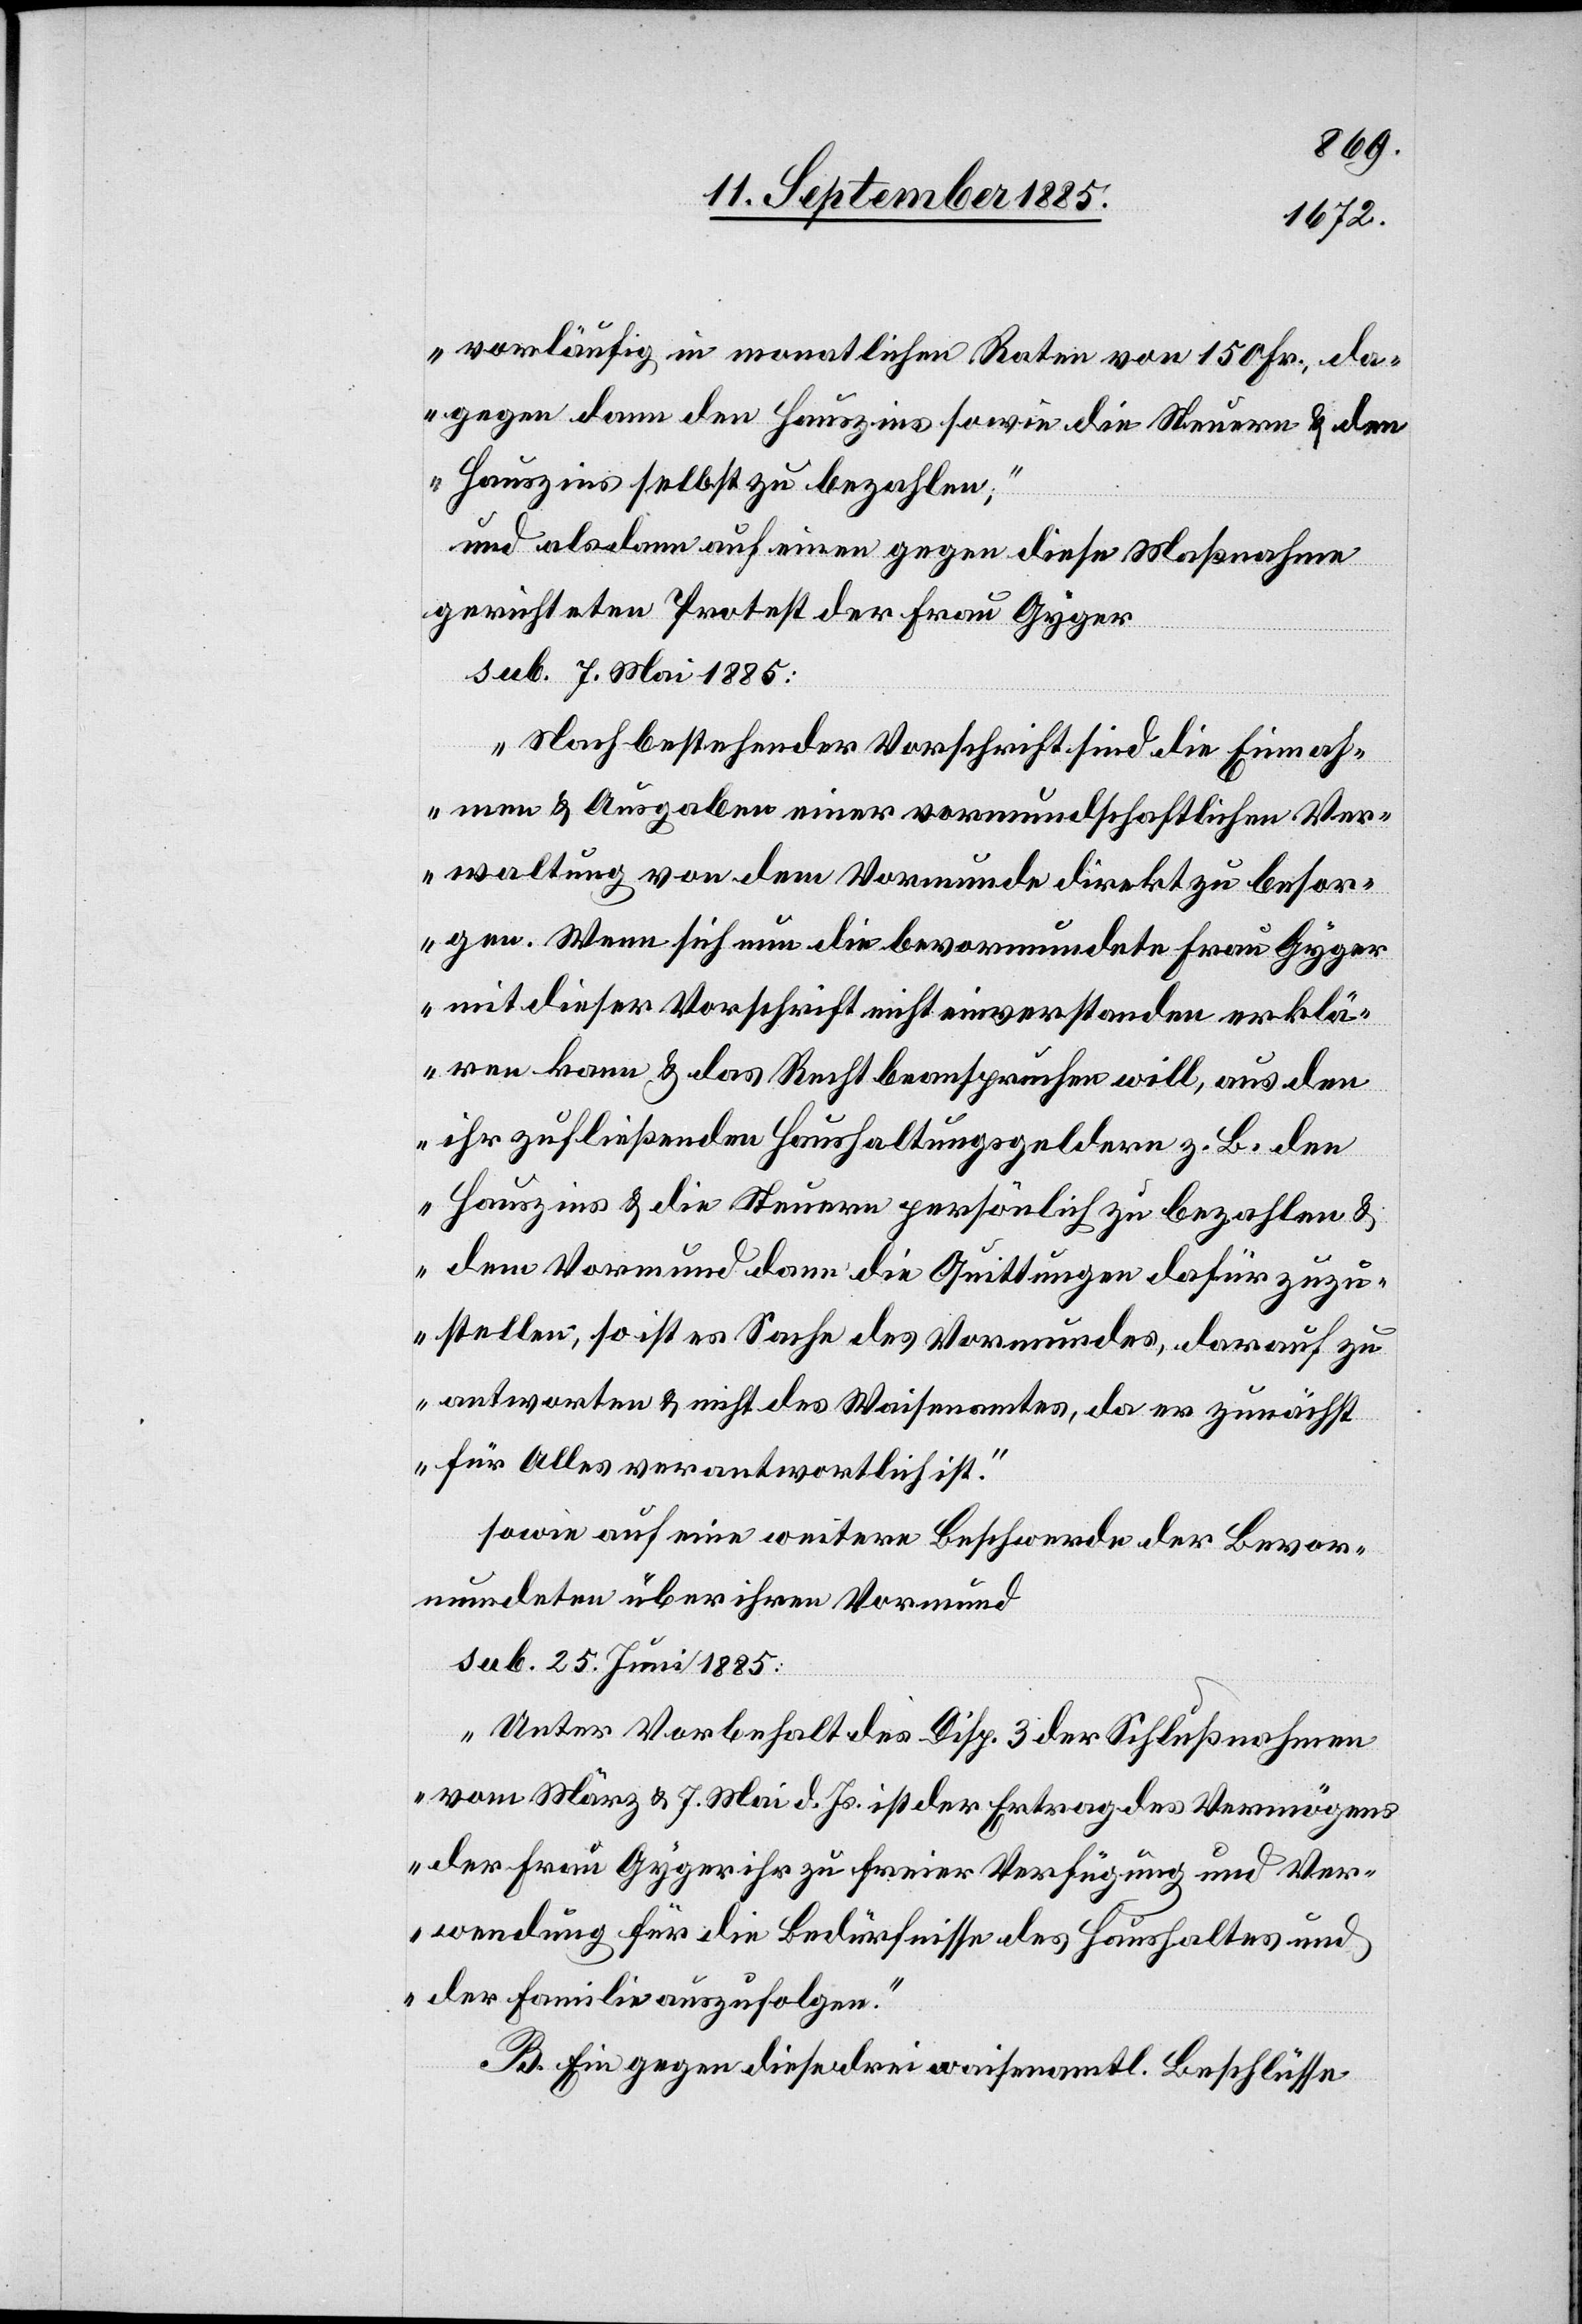
vorläufig in monatlichen Raten von 150 Fr., da¬
gegen dann den Hauszins sowie die Steuern & den
Hauszins selbst zu bezahlen,“
und alsdann auf einen gegen diese Maßnahme
gerichteten Protest der Frau Gyger
sub. 7. Mai 1885:
„Nach bestehender Vorschrift sind die Einnah¬
men & Ausgaben einer vormundschaftlichen Ver¬
waltung von dem Vormunde direkt zu besor¬
gen. Wenn sich nun die bevormundete Frau Gyger
mit dieser Vorschrift nicht einverstanden erklä¬
ren kann & das Recht beanspruchen will, aus den
ihr zufließenden Haushaltungsgeldern z. B. den
Hauszins & die Steuern persönlich zu bezahlen &
dem Vormund dann die Quittungen dafür zuzu¬
stellen, so ist es Sache des Vormundes, darauf zu
antworten & nicht des Waisenamtes, da er zunächst
für Alles verantwortlich ist.“
sowie auf eine weitere Beschwerde der Bevor¬
mundeten über ihren Vormund
sub. 25. Juni 1885:
„Unter Vorbehalt des Disp. 3 der Schlußnahme
vom März & 7. Mai d. Js. ist der Ertrag des Vermögens
der Frau Gyger ihr zu freier Verfügung und Ver¬
wendung für die Bedürfnisse des Haushaltes und
der Familie auszufolgen.“
B. Ein gegen diese drei waisenamtl. Beschlüsse